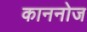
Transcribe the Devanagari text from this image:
काननोज